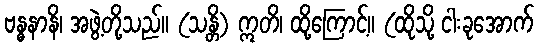
ဗန္ဓနာနိ၊ အဖွဲ့တို့သည်။ (သန္တိ) ဣတိ၊ ထို့ကြောင့်။ (ထိုသို့ ငါးခုအောက်